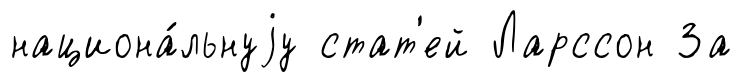
национа́льнуjу стат'ей Ларссон За